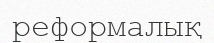
реформалық